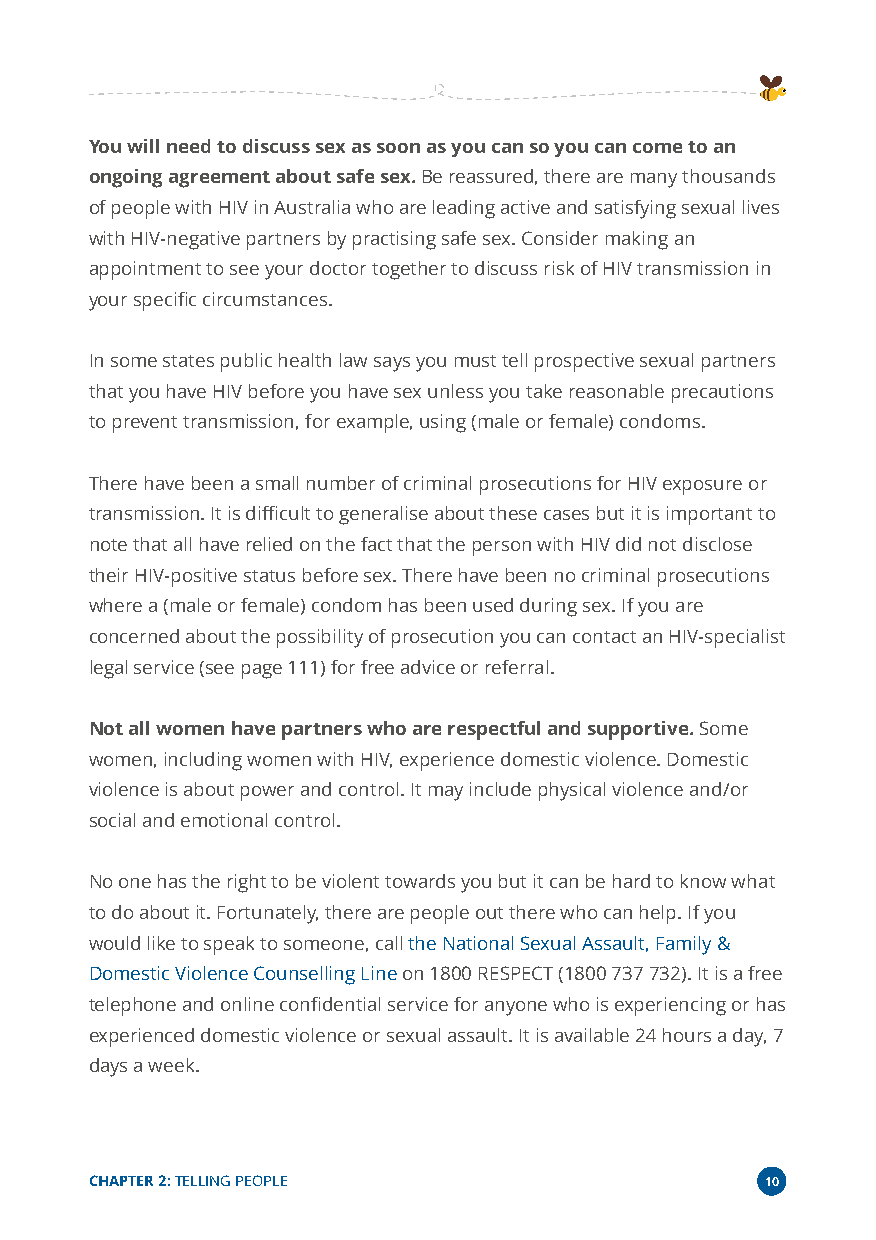
You will need to discuss sex as soon as you can so you can come to an
 ongoing agreement about safe sex.Be reassured, there are many thousands
 of people with HIV in Australia who are leading active and satisfying sexual lives
 with HIV-negative partners by practising safe sex. Consider making an
 appointment to see your doctor together to discuss risk of HIV transmission in
 your specific circumstances.
 In some states public health law says you must tell prospective sexual partners
 that you have HIV before you have sex unless you take reasonable precautions
 to prevent transmission, for example, using (male or female) condoms.
 There have been a small number of criminal prosecutions for HIV exposure or
 transmission. It is difficult to generalise about these cases but it is important to
 note that all have relied on the fact that the person with HIV did not disclose
 their HIV-positive status before sex. There have been no criminal prosecutions
 where a (male or female) condom has been used during sex. If you are
 concerned about the possibility of prosecution you can contact an HIV-specialist
 legal service (see page 111) for free advice or referral.
 Not all women have partners who are respectful and supportive.Some
 women, including women with HIV, experience domestic violence. Domestic
 violence is about power and control. It may include physical violence and/or
 social and emotional control.
 No one has the right to be violent towards you but it can be hard to know what
 to do about it. Fortunately, there are people out there who can help. If you
 would like to speak to someone, callthe National Sexual Assault, Family &
 Domestic Violence Counselling Lineon 1800 RESPECT (1800 737 732). It is a free
 telephone and online confidential service for anyone who is experiencing or has
 experienced domestic violence or sexual assault. It is available 24 hours a day, 7
 days a week.
 CHAPTER 2:TELLING PEOPLE                     10